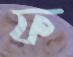
ফ